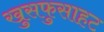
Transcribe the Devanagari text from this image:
खुसफुसाहट